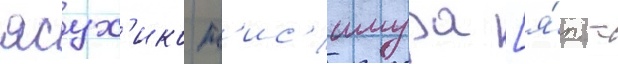
ясух'ико н'ис'имура [я́п. -